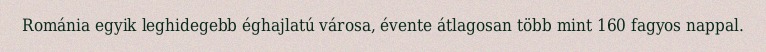
Románia egyik leghidegebb éghajlatú városa, évente átlagosan több mint 160 fagyos nappal.